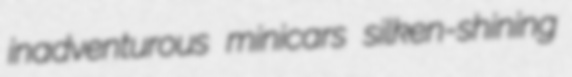
inadventurous minicars silken-shining